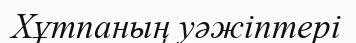
Хұтпаның уәжіптері